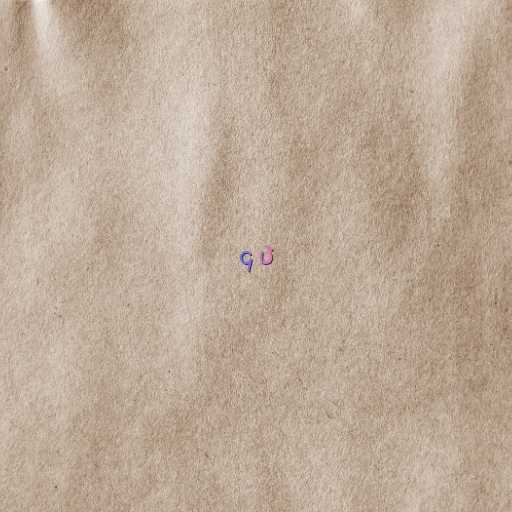
၄ ပဲ